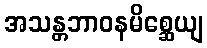
အသန္တဘာဝနမိစ္ဆေယျ